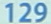
129